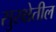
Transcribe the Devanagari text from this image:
सुरक्षेतील